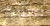
القانونية